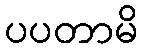
ပပတာမိ